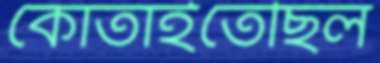
কোঁতাইতেছিল